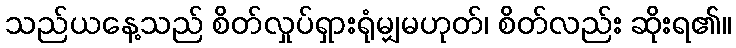
သည်ယနေ့သည် စိတ်လှုပ်ရှားရုံမျှမဟုတ်၊ စိတ်လည်း ဆိုးရ၏။